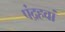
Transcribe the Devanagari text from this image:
पंद्रहवां